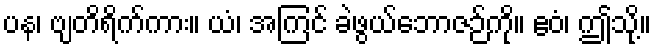
ပန၊ ဗျတိရိက်ကား။ ယံ၊ အကြင် ခဲဖွယ်ဘောဇဉ်ကို။ ဧဝံ၊ ဤသို့။